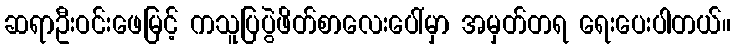
ဆရာဦးဝင်းဖေမြင့် ကသူပြပွဲဖိတ်စာလေးပေါ်မှာ အမှတ်တရ ရေးပေးပါတယ်။